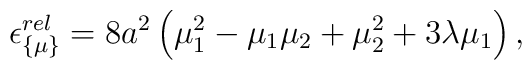
\epsilon_{\{\mu\}}^{rel} = 8 a^2 \left(\mu_1^2 - \mu_1 \mu_2 + \mu_2^2   + 3 \lambda \mu_1\right),